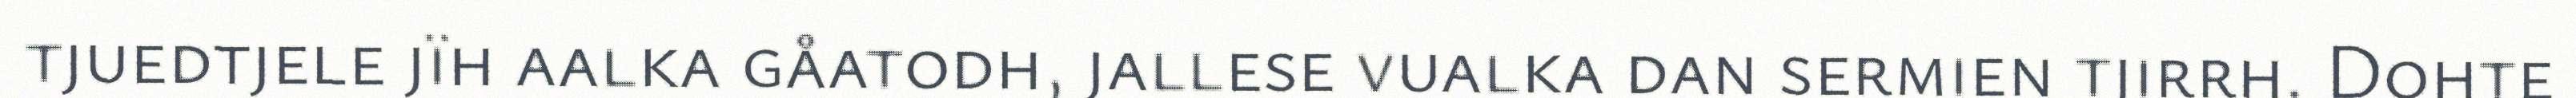
tjuedtjele jïh aalka gåatodh, jallese vualka dan sermien tjirrh. Dohte